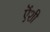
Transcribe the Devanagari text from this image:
ऎंशी